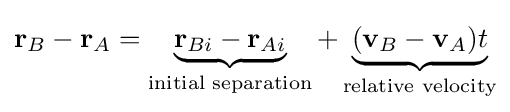
\mathbf {r} _{B}-\mathbf {r} _{A}=\underbrace {\mathbf {r} _{Bi}-\mathbf {r} _{Ai}} _{\text{initial separation}}+\underbrace {(\mathbf {v} _{B}-\mathbf {v} _{A})t} _{\text{relative velocity}}